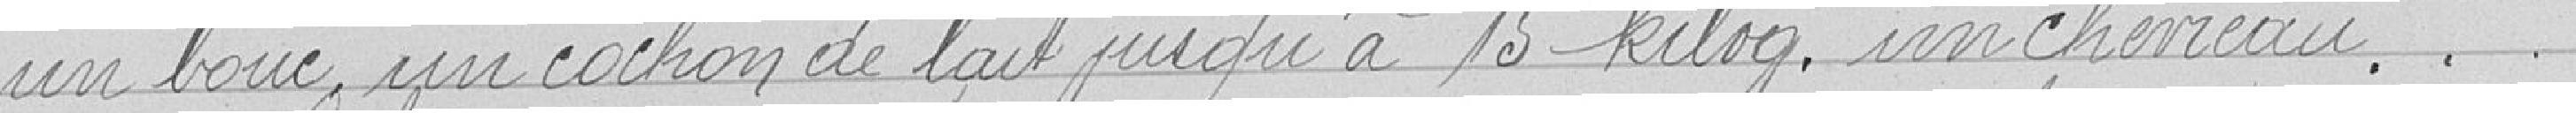
un bouc, un cochon de lait jusqu'à 15 kilogrammes, un chevreau